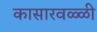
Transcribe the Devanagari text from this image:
कासारवळ्ळी